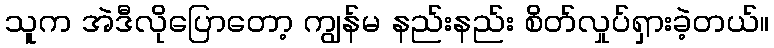
သူက အဲဒီလိုပြောတော့ ကျွန်မ နည်းနည်း စိတ်လှုပ်ရှားခဲ့တယ်။